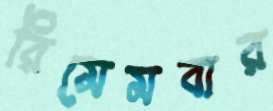
রিমেমবার